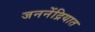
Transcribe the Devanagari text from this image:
जननेंद्रियात